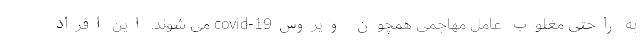
به راحتی مغلوب عامل مهاجمی همچون ویروسcovid-19 می شوند. این افراد